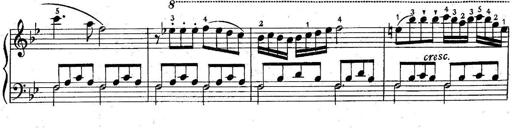
Title: 6 Easy Sonatinas
Composer: Carl Czerny